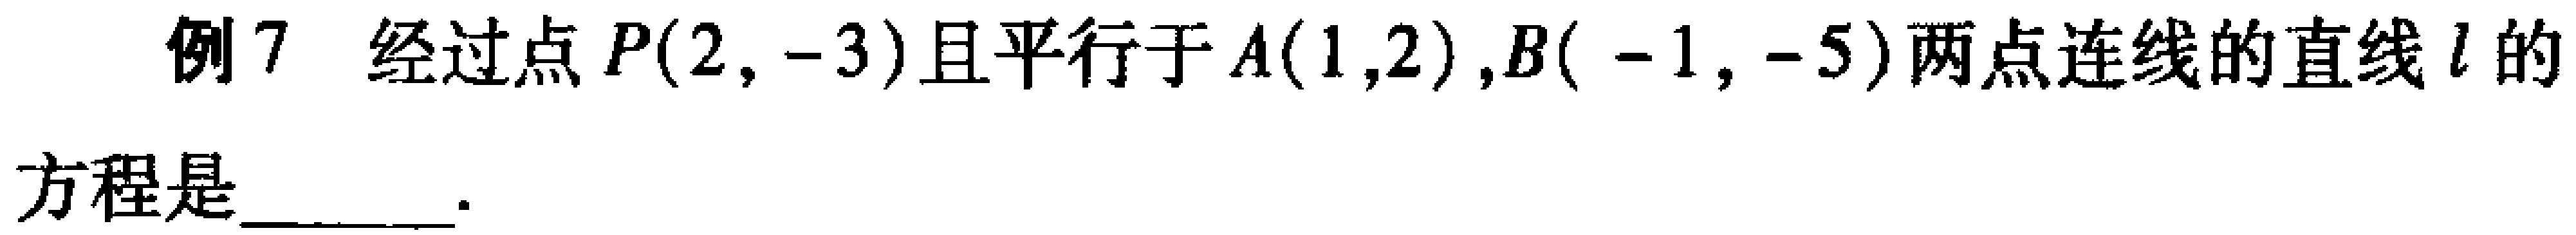
例7 经过点\(P(2,-3)\)且平行于\(A(1,2),B(-1,-5)\)两点连线的直线\(l\)的方程是  。